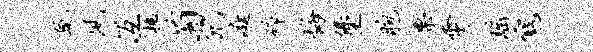
疏夙冱榱菊冗庭碎悔堡胞栗霄瑶寇